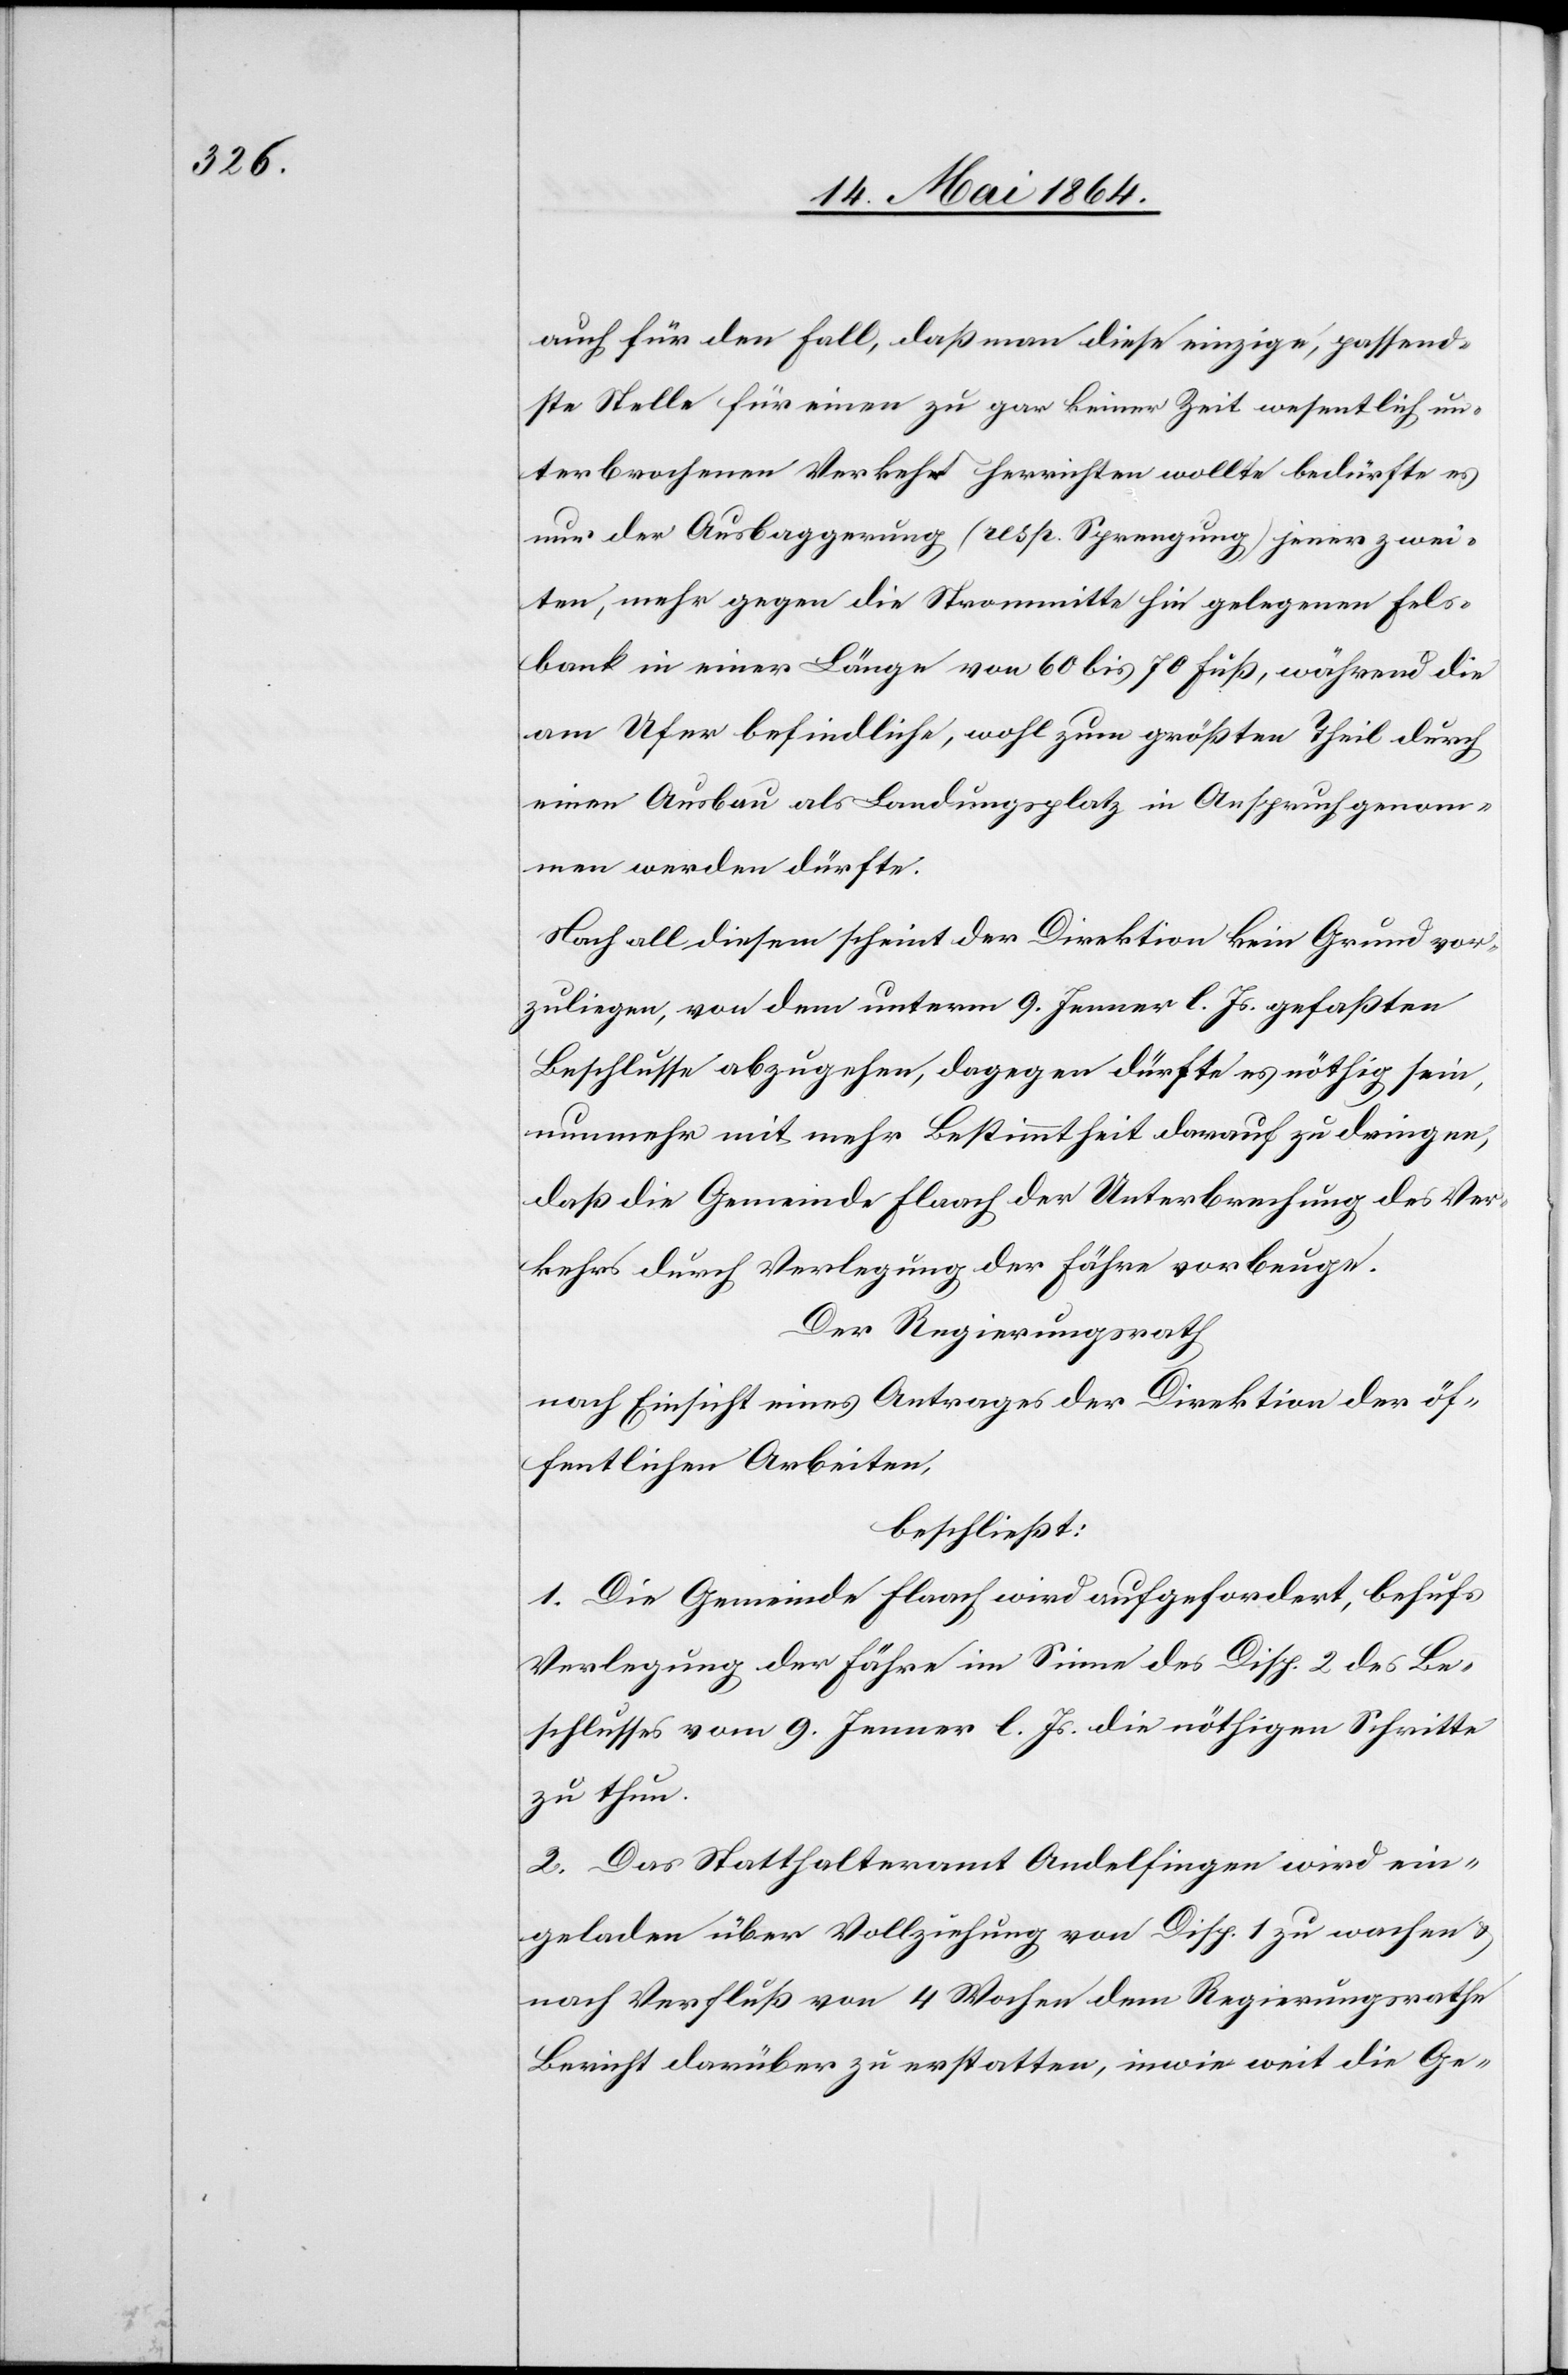
auch für den Fall, daß man diese einzige, passend¬
ste Stelle für einen zu gar keiner Zeit wesentlich un¬
terbrochenen Verkehr herrichten wollte bedürfte es
nur der Ausbaggerung (resp. Sprengung) jener zwei¬
ten, mehr gegen die Strommitte hin gelegenen Fels¬
bank in einer Länge von 60 bis 70 Fuß, während
am Ufer befindliche, wohl zum größten Theil durch
einen Ausbau als Landungsplatz in Anspruch genom¬
men werden dürfte.
Nach all diesem scheint der Direktion kein Grund vor¬
zuliegen, von dem unterm 9. Jenner l. Js. gefaßten
Beschlusse abzugehen, dagegen dürfte es nöthig sein,
nunmehr mit mehr Bestimmtheit drauf zu dringen,
daß die Gemeinde Flaach der Unterbrechung des Ver¬
kehrs durch Verlegung der Fähre vorbeuge.
Der Regierungsrath
nach Einsicht eines Antrages der Direktion der öf¬
fentlichen Arbeiten,
beschließt:
1. Die Gemeinde Flaach wird aufgefordert, behufs
Verlegung der Fähre im Sinne des Disp. 2 des Be¬
schlusses vom 9. Jenner l. Js. die nöthigen Schritte
zu thun.
2. Das Statthalteramt Andelfingen wird ein¬
geladen über Vollziehung von Disp. 1 zu wachen u.
nach Verfluß von 4 Wochen dem Regierungsrathe
Bericht darüber zu erstatten, inwie weit die Ge-